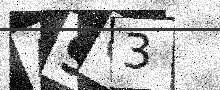
Text: A9Q3